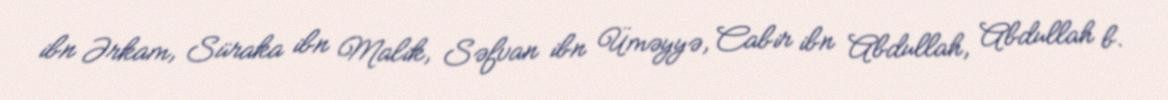
ibn Ərkam, Süraka ibn Malik, Səfvan ibn Üməyyə, Cabir ibn Abdullah, Abdullah b.